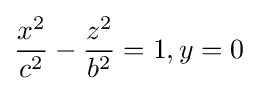
{\frac {x^{2}}{c^{2}}}-{\frac {z^{2}}{b^{2}}}=1,y=0